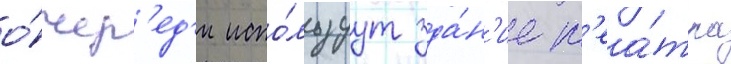
о́чер'ед'и испо́льзуут зда́н'ие т'еа́тра